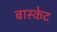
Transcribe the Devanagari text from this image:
बास्‍केट